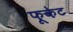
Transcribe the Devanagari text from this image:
फूकेट